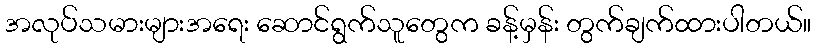
အလုပ်သမားများအရေး ဆောင်ရွက်သူတွေက ခန့်မှန်း တွက်ချက်ထားပါတယ်။